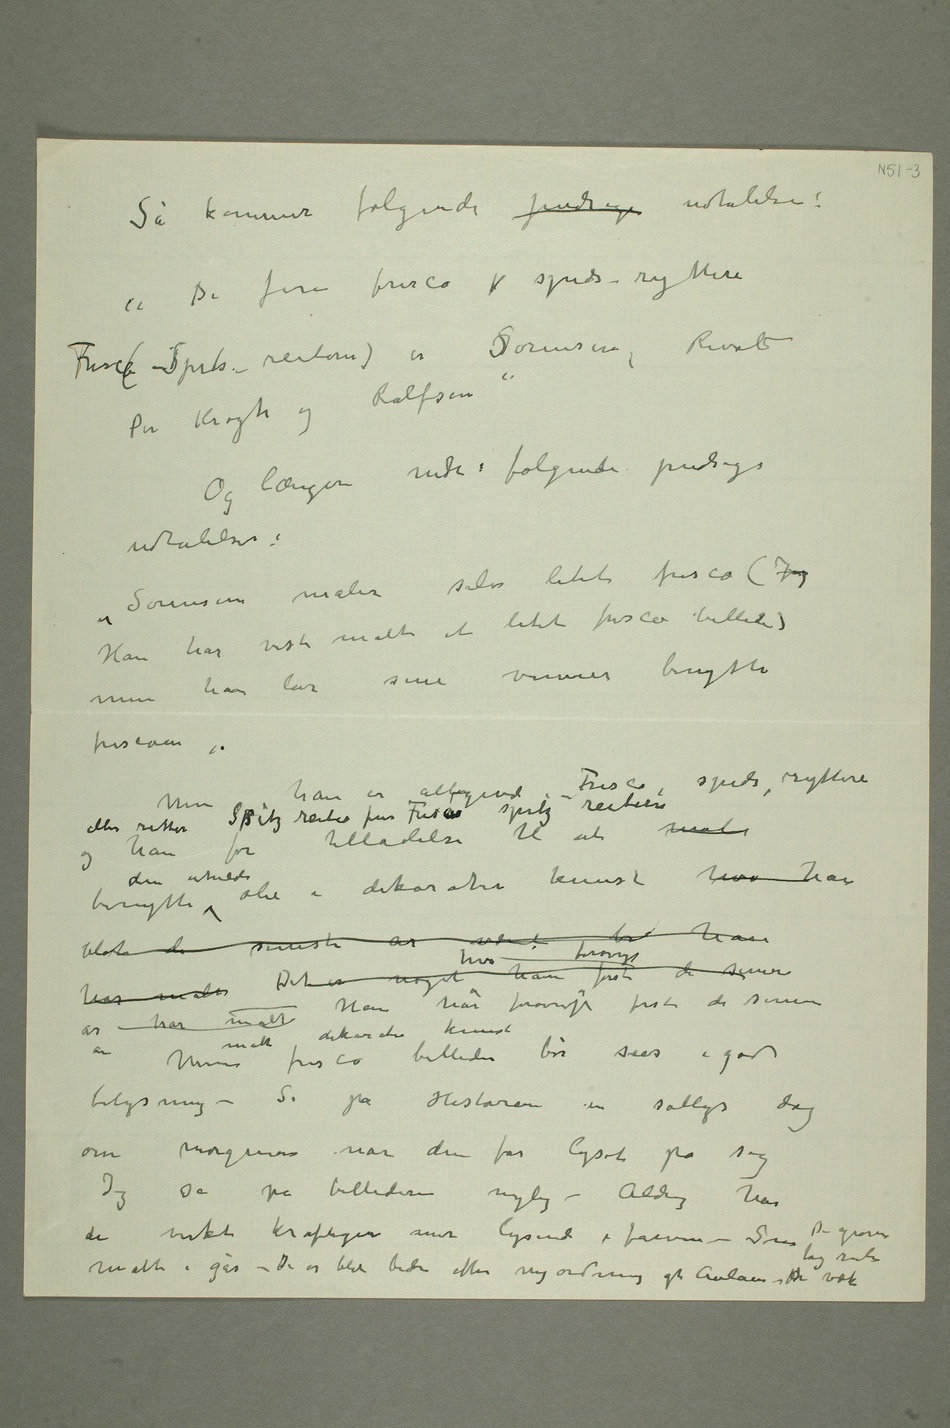
Så kommer følgende pudsige udtalelse:
Per Krohg og Rolfsen»
Og længer nede følgende pudsige
«Sørensen maler selv litet fresco (Jeg
Han har vist malt et litet fresco billede)
han lar sine venner benytte
frescoen»
Fresco, spids, ryttere
benytte den uheldie olie i dekorativ kunst hvor han
de seneste
male Det er noget han kan forøvrigt først de senere år
har malt. Han har forøvrigt først de senere år
malt dekorativ kunst
belysning – Se på Historien en sollys dag
om morgenen når den får lyset på sig
Jeg så på billederne nylig – Aldrig har
malte i går – De er blit bedre efter nyordning af Aulaen De grove tagruder er væk